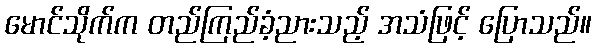
မောင်သိုက်က တည်ကြည်ခံ့ညားသည့် အသံဖြင့် ပြောသည်။